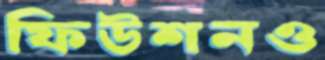
ফিউশনও